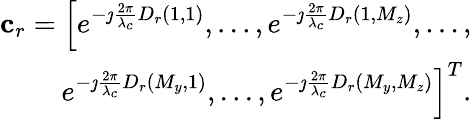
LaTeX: \begin{array}{r}{\mathbf{c}_{r}=\Big[e^{-\jmath{\frac{2\pi}{\lambda_{c}}}D_{r}(1,1)},...,e^{-\jmath{\frac{2\pi}{\lambda_{c}}}D_{r}(1,M_{z})},...,}\\ {e^{-\jmath{\frac{2\pi}{\lambda_{c}}}D_{r}(M_{y},1)},...,e^{-\jmath{\frac{2\pi}{\lambda_{c}}}D_{r}(M_{y},M_{z})}\Big]^{T}.}\end{array}